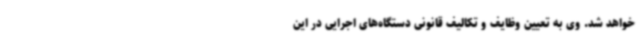
خواهد شد. وی به تعیین وظایف و تکالیف قانونی دستگاه‌های اجرایی در این